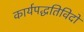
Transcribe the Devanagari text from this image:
कार्यपद्धतिविदों